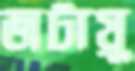
জটায়ু